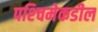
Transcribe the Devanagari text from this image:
पश्‍चिमेकडील